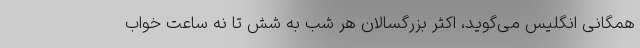
همگانی انگلیس می‌گوید، اکثر بزرگسالان هر شب به شش تا نه ساعت خواب